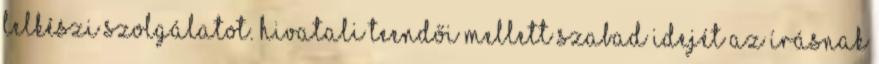
lelkészi szolgálatot. Hivatali teendői mellett szabad idejét az írásnak